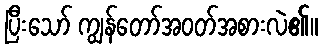
ပြီးသော် ကျွန်တော်အဝတ်အစားလဲ၏။